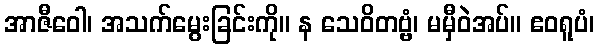
အာဇီဝေါ၊ အသက်မွေးခြင်းကို။ န သေဝိတဗ္ဗံ၊ မမှီဝဲအပ်။ ဧဝရူပံ၊